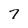
Character: 7